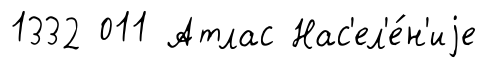
1332 011 Атлас Нас'ел'е́н'иjе